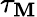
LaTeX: \tau_{\mathbf{M}}